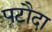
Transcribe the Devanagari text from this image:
पटौदा